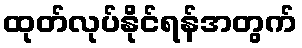
ထုတ်လုပ်နိုင်ရန်အတွက်